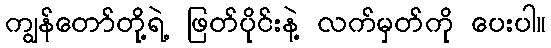
ကျွန်တော်တို့ရဲ့ ဖြတ်ပိုင်းနဲ့ လက်မှတ်ကို ပေးပါ။